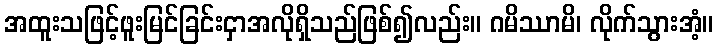
အထူးသဖြင့်ဖူးမြင်ခြင်းငှာအလိုရှိသည်ဖြစ်၍လည်း။ ဂမိဿာမိ၊ လိုက်သွားအံ့။